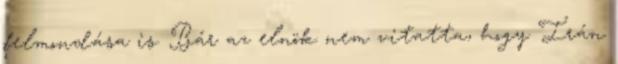
felmondása is. Bár az elnök nem vitatta, hogy Irán